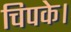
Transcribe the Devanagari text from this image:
चिपके।